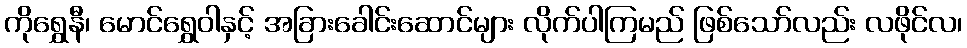
ကိုရွှေနီ၊ မောင်ရွှေဝါနှင့် အခြားခေါင်းဆောင်များ လိုက်ပါကြမည် ဖြစ်သော်လည်း လဖိုင်လ၊